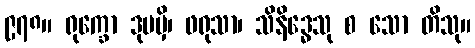
၉၇၈။ ရုက္ခော ဒုမမှိ၊ ဖရုသာ၊ သိနိဒ္ဓေသု စ သော တိသု။